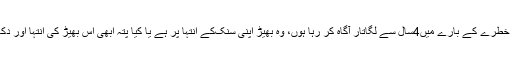
جس بھیڑ کے خطرے کے بارے میں4سال سے لگاتار آگاہ کر رہا ہوں، وہ بھیڑ اپنی سنک‌کے انتہا پر ہے یا کیا پتہ ابھی اس بھیڑ کی انتہا اور دکھنا باقی ہی ہو۔